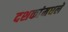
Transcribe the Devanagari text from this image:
दशकांमधले